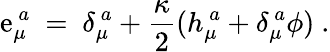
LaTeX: \mathrm{e}_{\mu}^{~a}\ =\ \delta_{\mu}^{~a}+{\frac{{\kappa}}{{2}}}(h_{\mu}^{~a}+\delta_{\mu}^{~a}\phi)\ .